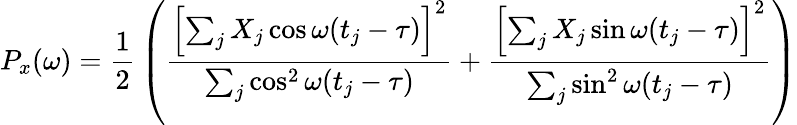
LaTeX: P_{x}(\omega)={\frac{1}{2}}\left({\frac{\left[\sum_{j}X_{j}\cos\omega(t_{j}-\tau)\right]^{2}}{\sum_{j}\cos^{2}\omega(t_{j}-\tau)}}+{\frac{\left[\sum_{j}X_{j}\sin\omega(t_{j}-\tau)\right]^{2}}{\sum_{j}\sin^{2}\omega(t_{j}-\tau)}}\right)